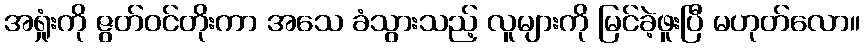
အရှုံးကို ဇွတ်ဝင်တိုးကာ အသေ ခံသွားသည့် လူများကို မြင်ခဲ့ဖူးပြီ မဟုတ်လော။